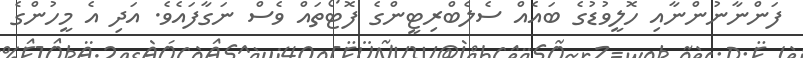
ފަންނާނުންނާއި ހޮލީވުޑުގެ ބައެއް ސެލެބްރިޓީންގެ ފޮޓޯތައް ވެސް ނަގާފައެވެ. އަދި އެ މީހުންގެ